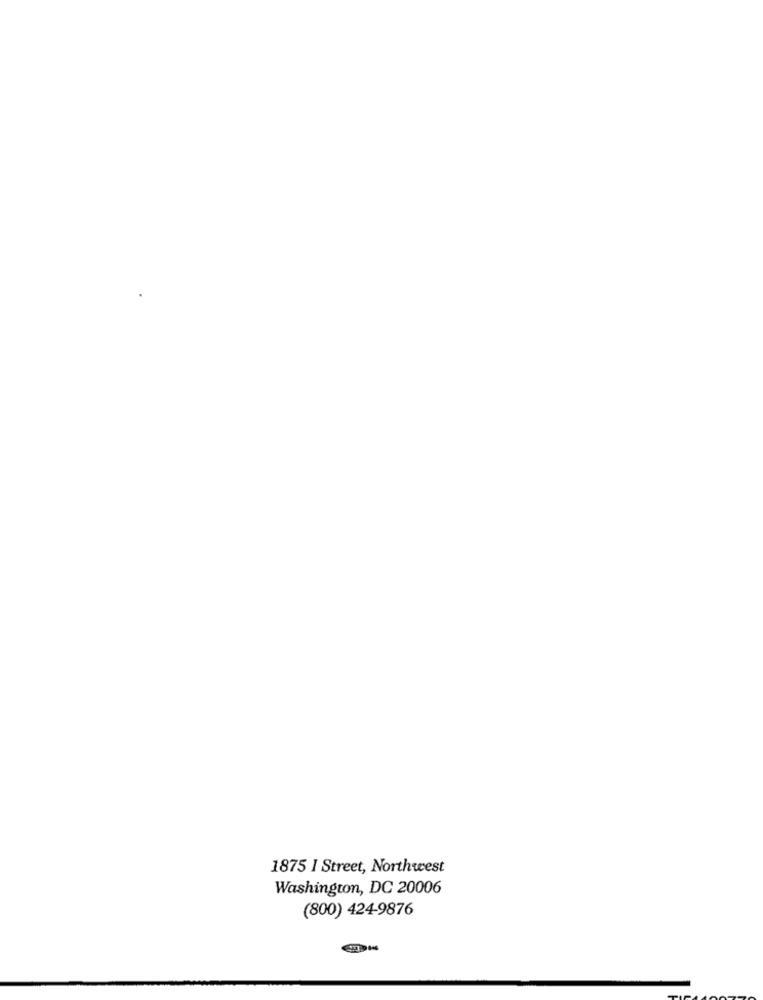
1875 I Street, Northwest
Washington, DC 20006
(800) 424-9876